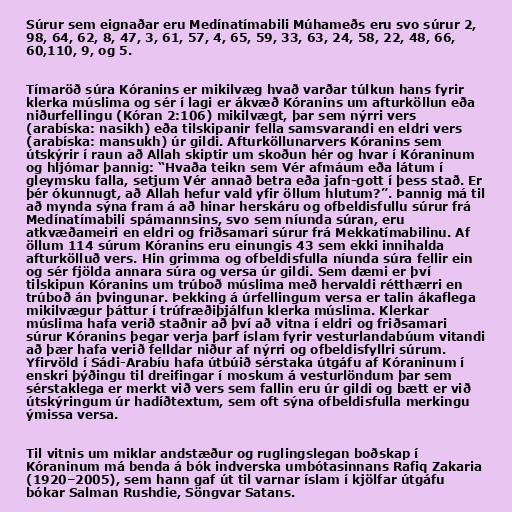
Súrur sem eignaðar eru Medínatímabili Múhameðs eru svo súrur 2,
98, 64, 62, 8, 47, 3, 61, 57, 4, 65, 59, 33, 63, 24, 58, 22, 48, 66,
60,110, 9, og 5.

Tímaröð súra Kóranins er mikilvæg hvað varðar túlkun hans fyrir
klerka múslima og sér í lagi er ákvæð Kóranins um afturköllun eða
niðurfellingu (Kóran 2:106) mikilvægt, þar sem nýrri vers
(arabíska: nasikh) eða tilskipanir fella samsvarandi en eldri vers
(arabíska: mansukh) úr gildi. Afturköllunarvers Kóranins sem
útskýrir í raun að Allah skiptir um skoðun hér og hvar í Kóraninum
og hljómar þannig: “Hvaða teikn sem Vér afmáum eða látum í
gleymsku falla, setjum Vér annað betra eða jafn-gott í þess stað. Er
þér ókunnugt, að Allah hefur vald yfir öllum hlutum?”. Þannig má til
að mynda sýna fram á að hinar herskáru og ofbeldisfullu súrur frá
Medínatímabili spámannsins, svo sem níunda súran, eru
atkvæðameiri en eldri og friðsamari súrur frá Mekkatímabilinu. Af
öllum 114 súrum Kóranins eru einungis 43 sem ekki innihalda
afturkölluð vers. Hin grimma og ofbeldisfulla níunda súra fellir ein
og sér fjölda annara súra og versa úr gildi. Sem dæmi er því
tilskipun Kóranins um trúboð múslima með hervaldi rétthærri en
trúboð án þvingunar. Þekking á úrfellingum versa er talin ákaflega
mikilvægur þáttur í trúfræðiþjálfun klerka múslima. Klerkar
múslima hafa verið staðnir að því að vitna í eldri og friðsamari
súrur Kóranins þegar verja þarf íslam fyrir vesturlandabúum vitandi
að þær hafa verið felldar niður af nýrri og ofbeldisfyllri súrum.
Yfirvöld í Sádi-Arabíu hafa útbúið sérstaka útgáfu af Kóraninum í
enskri þýðingu til dreifingar í moskum á vesturlöndum þar sem
sérstaklega er merkt við vers sem fallin eru úr gildi og bætt er við
útskýringum úr hadíðtextum, sem oft sýna ofbeldisfulla merkingu
ýmissa versa.

Til vitnis um miklar andstæður og ruglingslegan boðskap í
Kóraninum má benda á bók indverska umbótasinnans Rafiq Zakaria
(1920–2005), sem hann gaf út til varnar íslam í kjölfar útgáfu
bókar Salman Rushdie, Söngvar Satans.